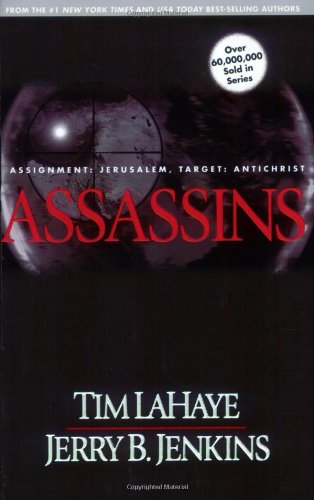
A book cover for Assassins: Assignment Jerusalem, Target AntiChrist (The Left Behind Series); Tim LaHaye; Religion & Spirituality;